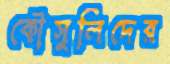
কৌসুলিদের